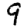
Digit: 9